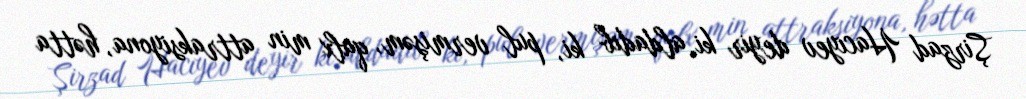
Şirzad Hacıyev deyir ki, aldadıb ki, pul vermişəm, qalx min attraksiyona, hətta